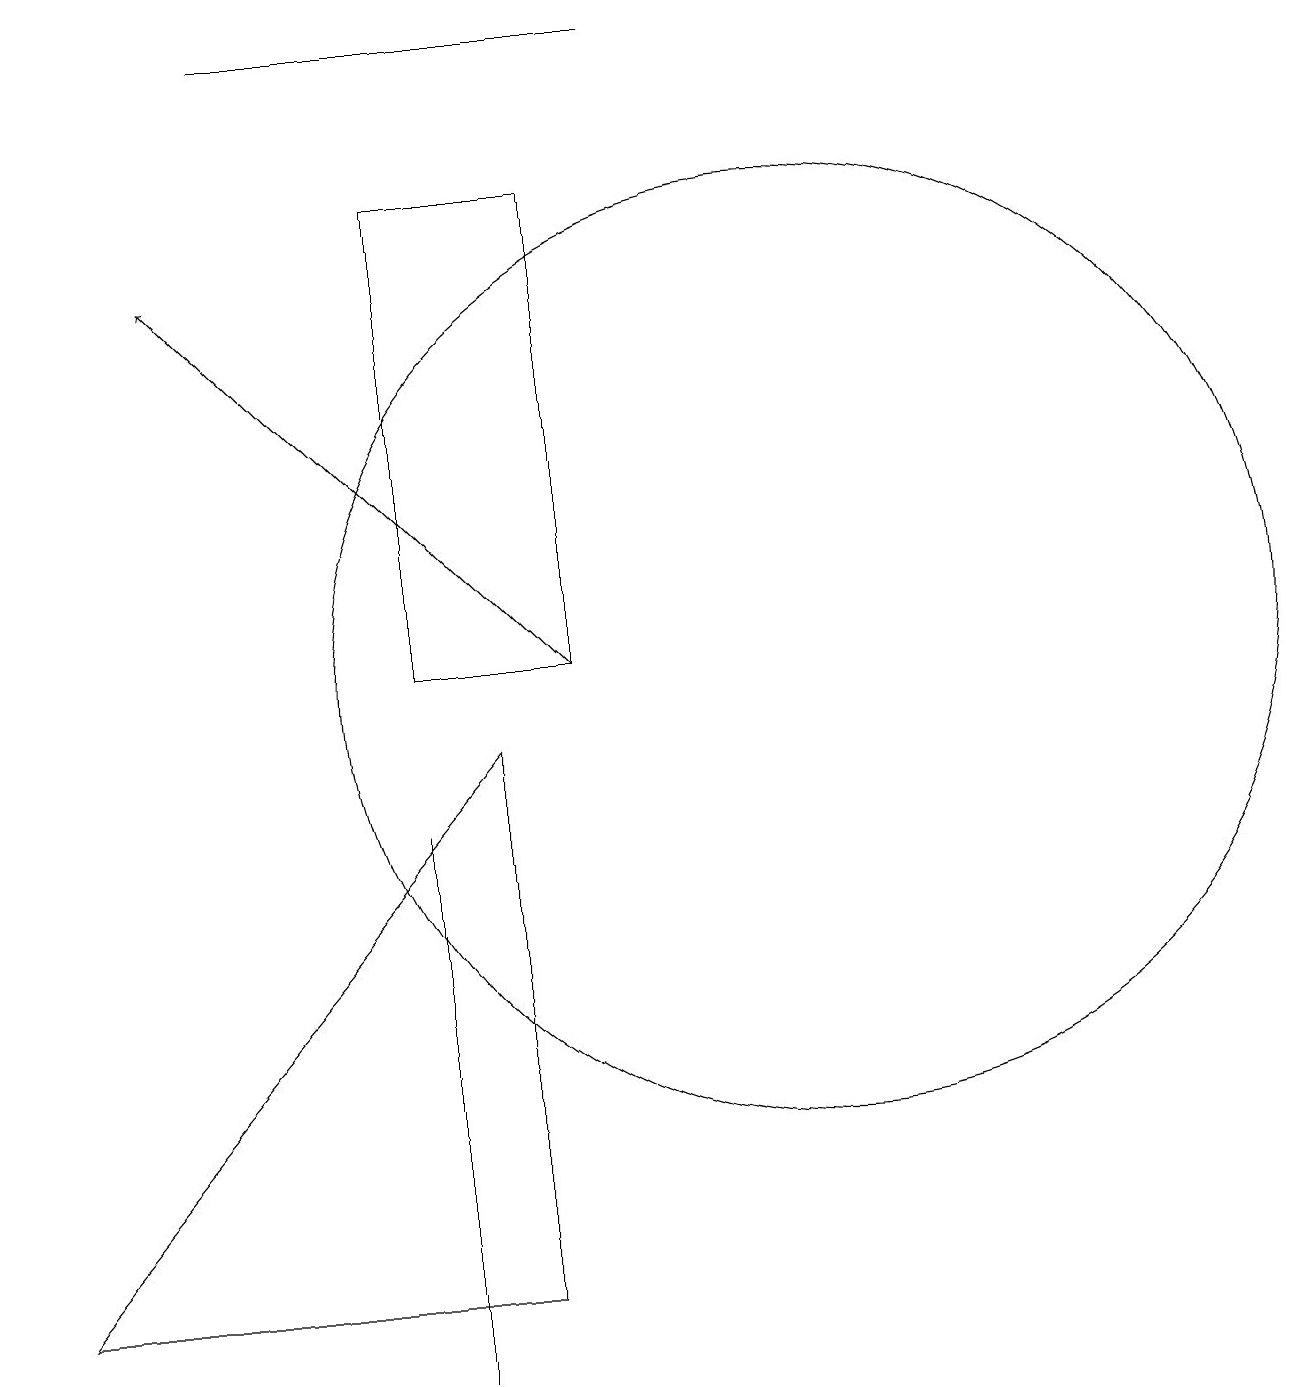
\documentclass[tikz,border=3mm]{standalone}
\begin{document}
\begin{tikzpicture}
\draw (0,2) -- (6,9) -- (6,2) -- cycle;
\draw (5,16) rectangle (7,10);
\draw (8,18) rectangle (3,18);
\draw (5,8) -- (5,3) -- (5,1) -- cycle;
\draw (10,10) circle (6);
\draw[->] (7,10) -- (2,15);
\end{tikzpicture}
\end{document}